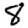
Digit: 8